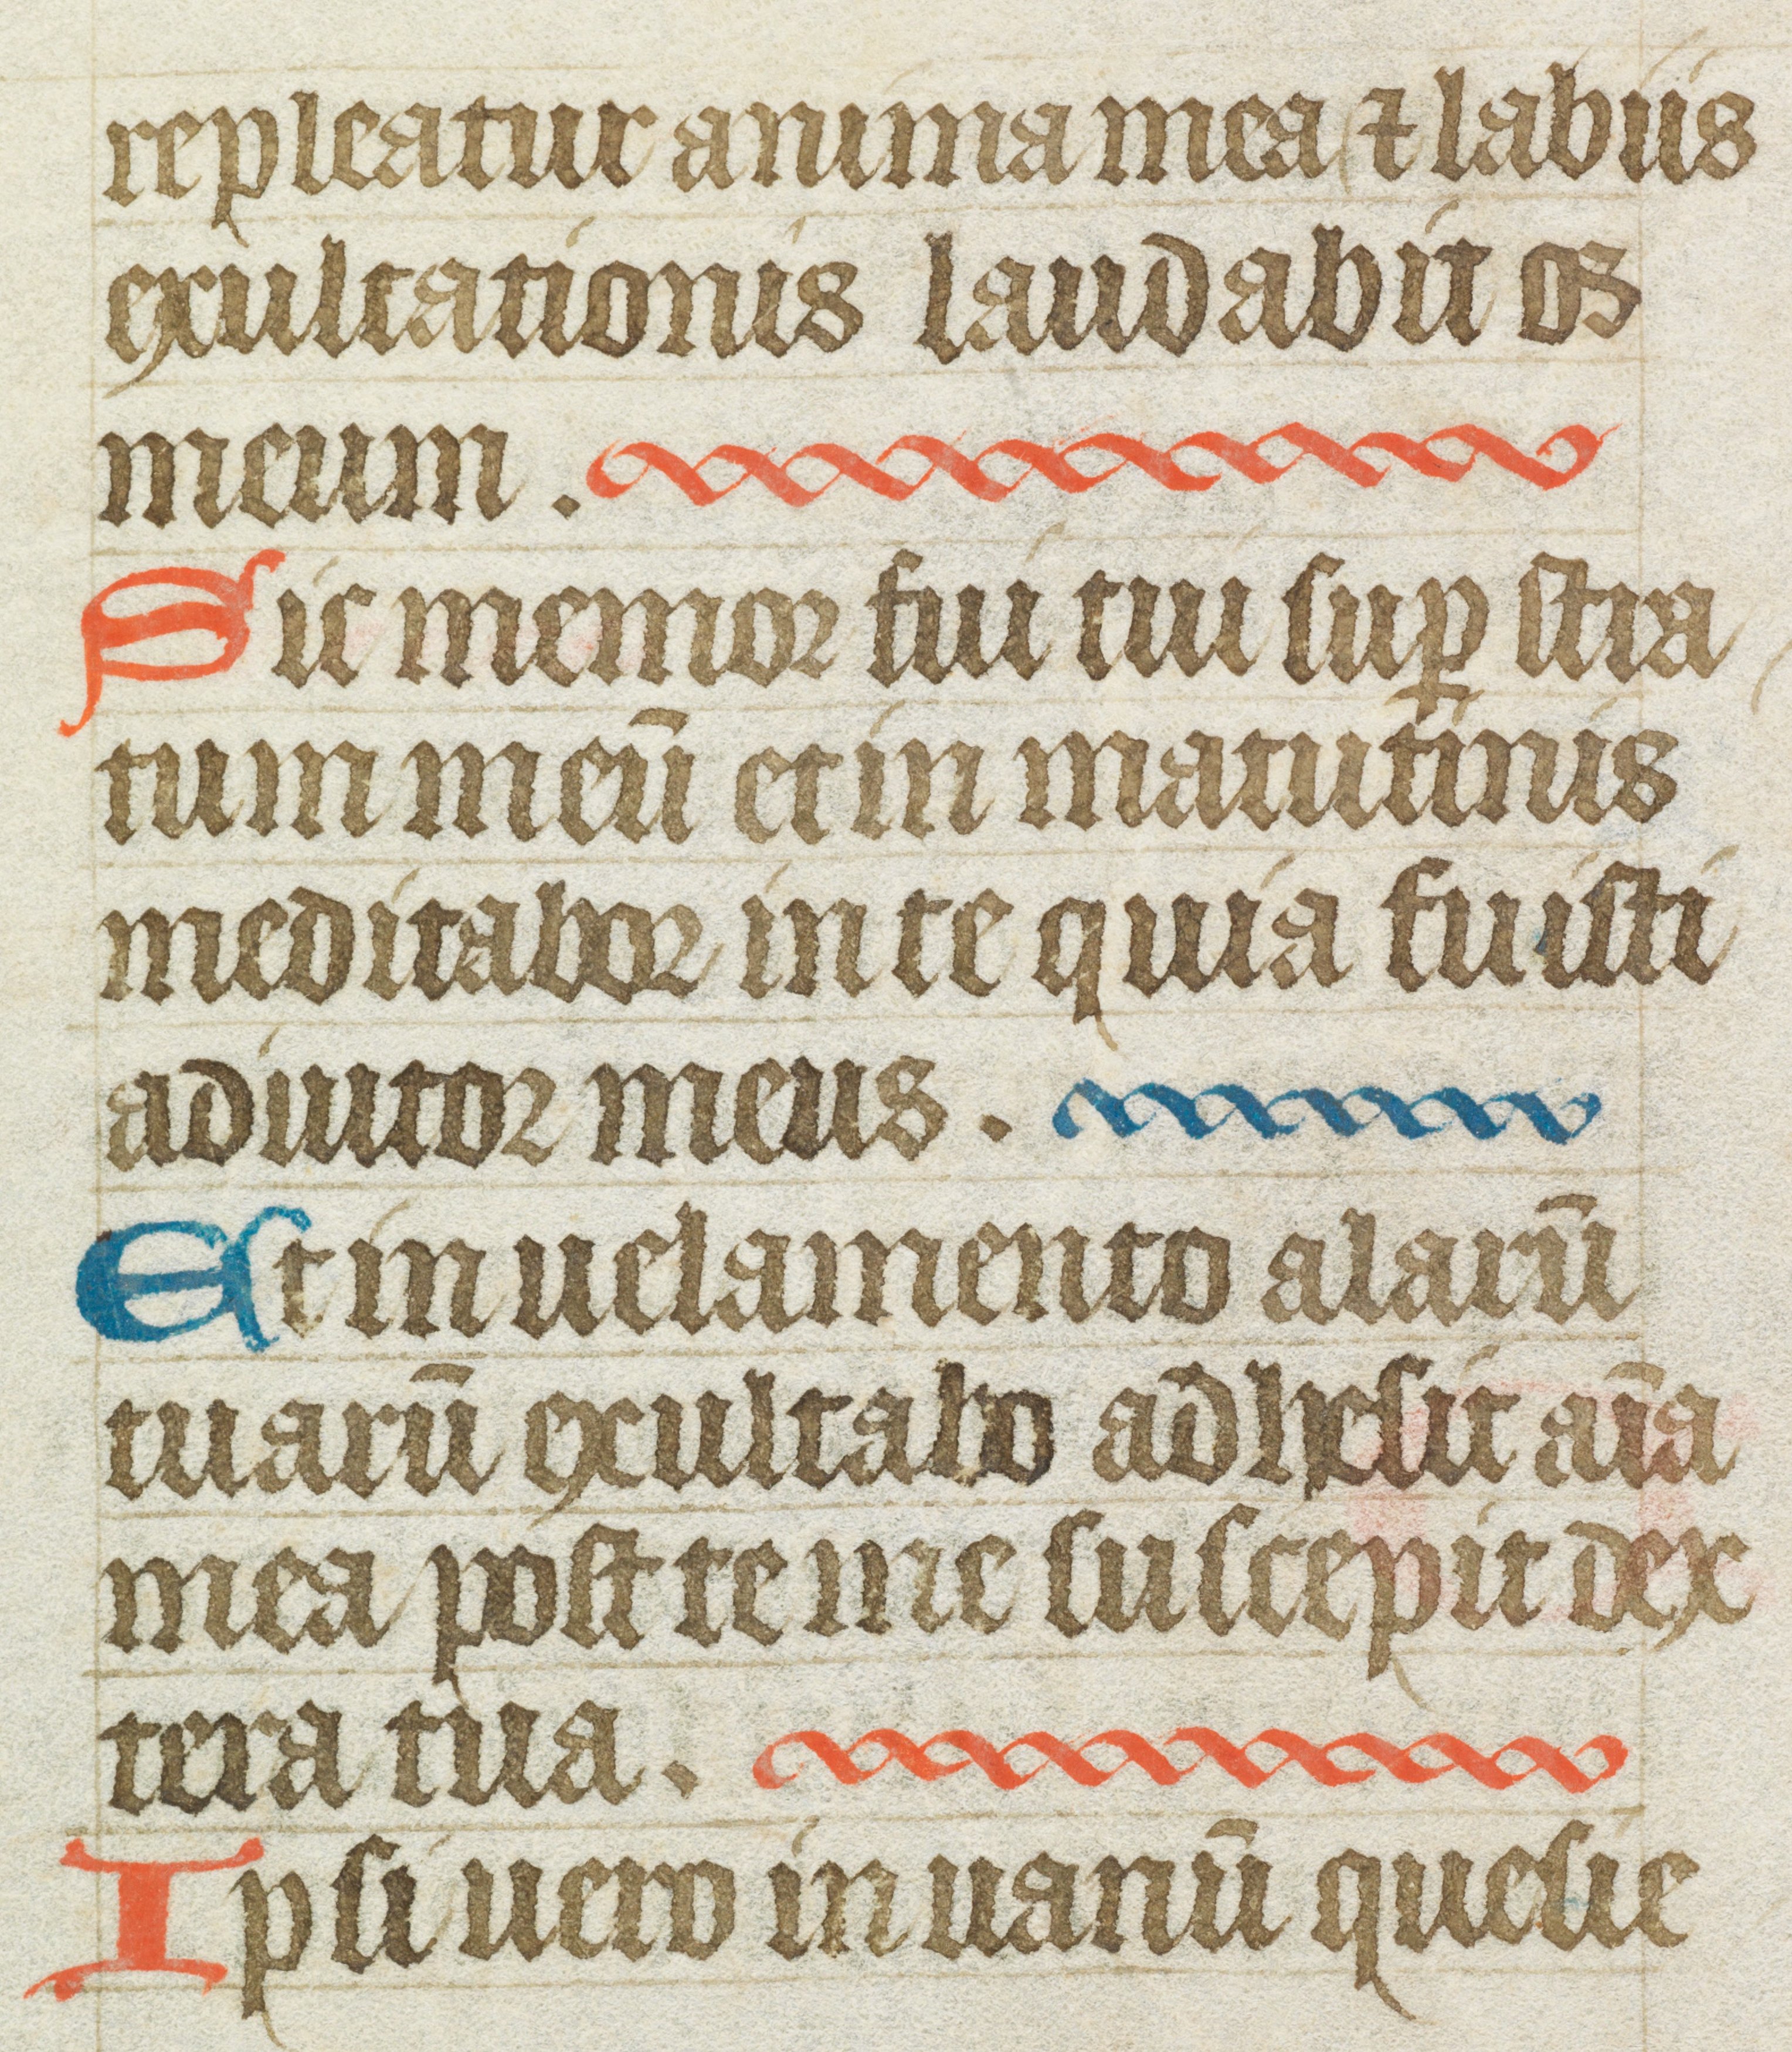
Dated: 1400–1415